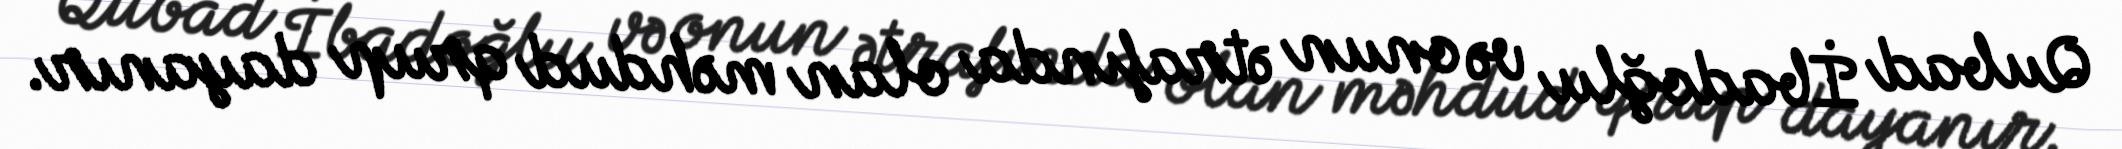
Qubad İbadoğlu və onun ətrafında olan məhdud qrup dayanır.